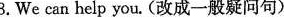
3.We can help you.(改成一般疑问句)